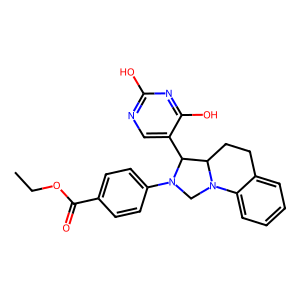
SMILES: CCOC(=O)c1ccc(N2CN3c4ccccc4CCC3C2c2cnc(O)nc2O)cc1
Inhibits HIV replication: No